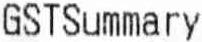
GSTSUMMARY